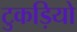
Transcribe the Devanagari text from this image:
टुकड़ियो